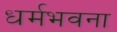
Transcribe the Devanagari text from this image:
धर्मभवना